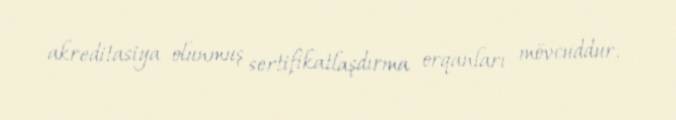
akreditasiya olunmuş sertifikatlaşdırma orqanları mövcuddur.